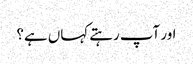
اور آپ رہتے کہاں ہے؟